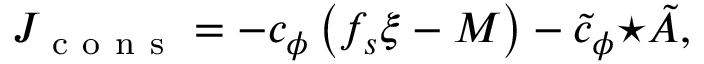
J _ { \mathrm { ~ c ~ o ~ n ~ s ~ } } = - c _ { \phi } \left( f _ { s } \xi - { \cal M } \right) - \tilde { c } _ { \phi } { \star \tilde { A } } ,